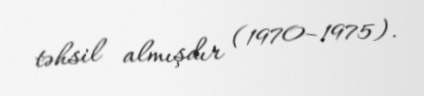
təhsil almışdır (1970–1975).